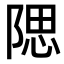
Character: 𨺯